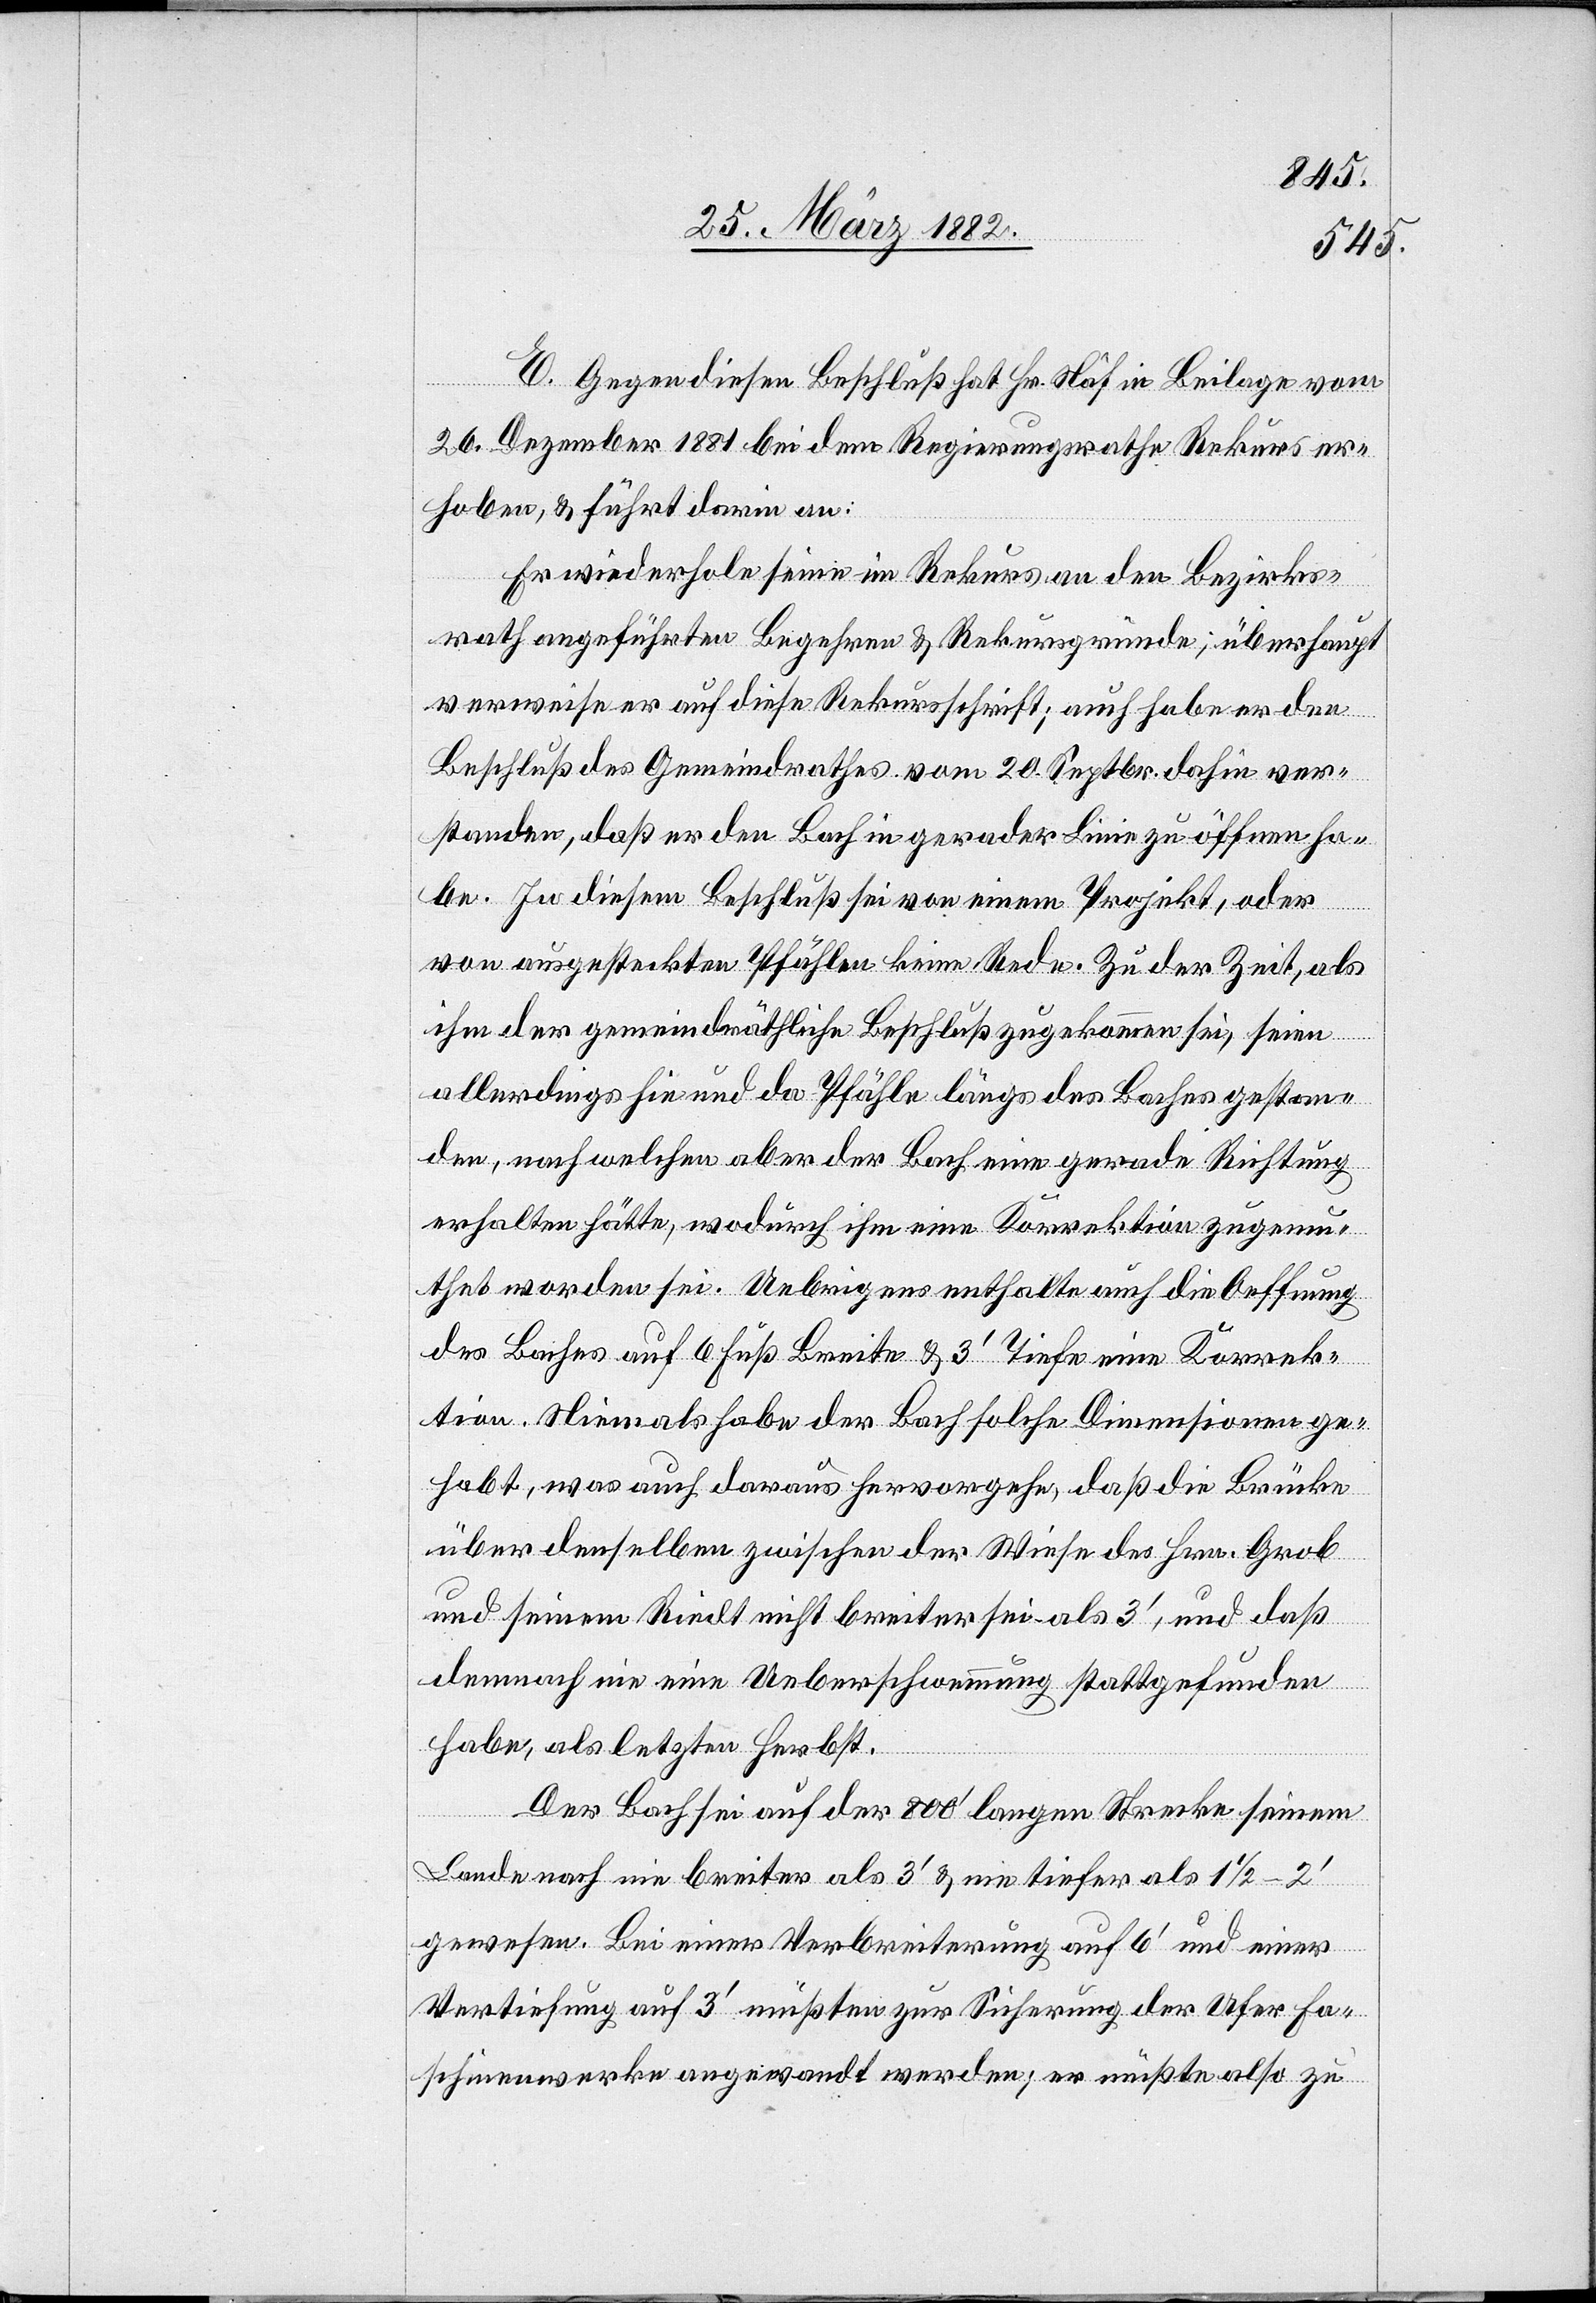
E. Gegen diesen Beschluß hat Hr. Näf in Beilage vom
26. Dezmebr 1881 bei dem Regierungsrathe Rekurs er¬
hoben, & führt darin an:
Er wiederhole seine im Rekurs an den Bezirks¬
rath angeführten Begehren & Rekursgründe; überhaupt
verweise er auf diese Rekursschrift; auch habe er den
Beschluß des Gemeindrathes vom 20 Septbr. dahin ver¬
standen, daß er den Bach in gerader Linie zu öffnen ha¬
be. In diesem Beschluß sei von einem Projekt, oder
von ausgesteckten Pfählen keine Rede. Zu der Zeit, als
ihm der gemeindräthliche Beschluß zugekommen sei, seien
allerdings hie und da Pfähle längs des Baches gestan¬
den, nach welchen aber der Bach eine gerade Richtung
erhalten hätte, wodurch ihm eine Korrektion zugemu¬
thet worden sei. Uebrigens enthalte auch die Oeffnung
des Baches auf 6 Fuß Breite & 3’ Tiefe eine Korrek¬
tion. Niemals habe der Bach solche Dimensionen ge¬
habt, was auch daraus hervorgehe, daß die Brücke
über denselben zwischen der Wiese des Hrn. Grob
und seinem Riedt nicht breiter sei als 3’, und daß
demnach nie eine Ueberschwemmung stattgefunden
habe, als letzten Herbst.
Der Bach sei auf der 800’ langen Strecke seinem
Lande noch nie breiter als 3’ & nie tiefer als 1 1/2–2’
gewesen. Bei einer Verbreiterung auf 6’ und einer
Vertiefung auf 3’ müßten zur Sicherung der Ufer Fa¬
schinenwerke angewandt werden; er müßte also zu